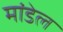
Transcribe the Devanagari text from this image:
मांडेल